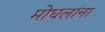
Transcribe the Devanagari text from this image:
मोघलांना